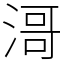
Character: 滒